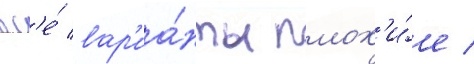
вс'е́ вар'иа́нты плох'и́е /